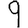
Digit: 9